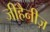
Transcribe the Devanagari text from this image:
जीहैनीज़